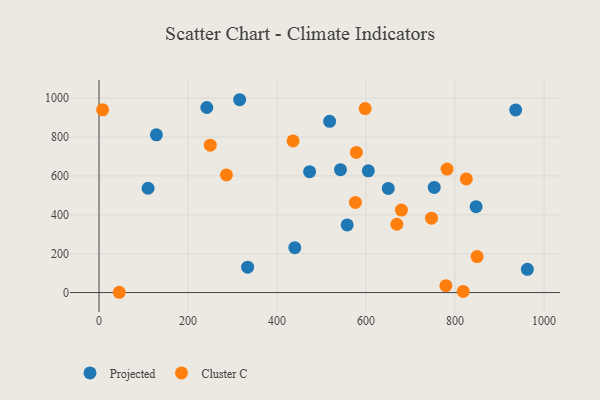
{"axis": {"x": "Investment", "y": "Fuel Efficiency"}, "legend": ["Cluster C", "Projected"], "data": [{"x": "936.2", "y": 939.4, "type": "Projected"}, {"x": "753.2", "y": 540.5, "type": "Projected"}, {"x": "605.1", "y": 625.8, "type": "Projected"}, {"x": "649.9", "y": 535.5, "type": "Projected"}, {"x": "439.9", "y": 230.7, "type": "Projected"}, {"x": "518.2", "y": 880.8, "type": "Projected"}, {"x": "242.2", "y": 951.8, "type": "Projected"}, {"x": "557.6", "y": 347.6, "type": "Projected"}, {"x": "316.0", "y": 991.7, "type": "Projected"}, {"x": "128.9", "y": 811.2, "type": "Projected"}, {"x": "473.2", "y": 621.9, "type": "Projected"}, {"x": "542.6", "y": 631.8, "type": "Projected"}, {"x": "333.9", "y": 130.5, "type": "Projected"}, {"x": "110.2", "y": 536.5, "type": "Projected"}, {"x": "847.3", "y": 441.8, "type": "Projected"}, {"x": "962.5", "y": 119.4, "type": "Projected"}, {"x": "669.2", "y": 351.2, "type": "Cluster C"}, {"x": "436.0", "y": 779.8, "type": "Cluster C"}, {"x": "849.5", "y": 184.8, "type": "Cluster C"}, {"x": "782.1", "y": 635.2, "type": "Cluster C"}, {"x": "250.0", "y": 757.8, "type": "Cluster C"}, {"x": "598.0", "y": 946.0, "type": "Cluster C"}, {"x": "576.1", "y": 463.4, "type": "Cluster C"}, {"x": "286.3", "y": 604.7, "type": "Cluster C"}, {"x": "45.5", "y": 1.4, "type": "Cluster C"}, {"x": "818.2", "y": 5.7, "type": "Cluster C"}, {"x": "8.1", "y": 939.7, "type": "Cluster C"}, {"x": "779.4", "y": 35.6, "type": "Cluster C"}, {"x": "578.2", "y": 720.5, "type": "Cluster C"}, {"x": "679.5", "y": 424.0, "type": "Cluster C"}, {"x": "747.1", "y": 382.4, "type": "Cluster C"}, {"x": "825.3", "y": 584.6, "type": "Cluster C"}]}